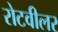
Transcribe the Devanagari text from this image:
रोटवीलर